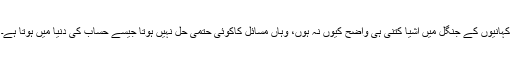
کہانیوں کے جنگل میں اشیا کتنی ہی واضح کیوں نہ ہوں، وہاں مسائل کاکوئی حتمی حل نہیں ہوتا جیسے حساب کی دنیا میں ہوتا ہے۔